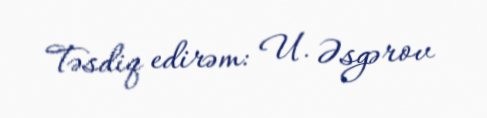
Təsdiq edirəm: U. Əsgərov